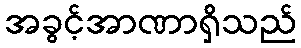
အခွင့်အာဏာရှိသည်